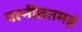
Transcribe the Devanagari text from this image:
पत्नीव्रतमहं